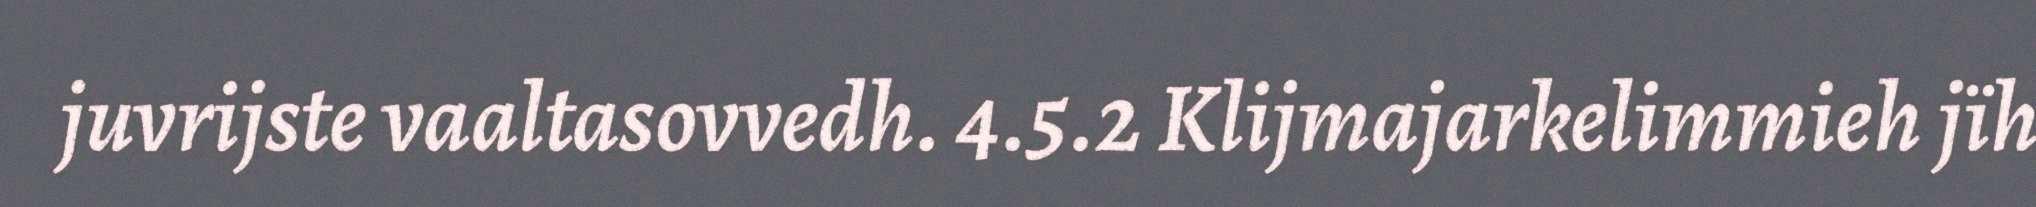
juvrijste vaaltasovvedh. 4.5.2 Klijmajarkelimmieh jïh